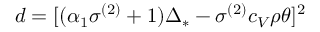
d = [ ( \alpha _ { 1 } \sigma ^ { ( 2 ) } + 1 ) \Delta _ { * } - \sigma ^ { ( 2 ) } c _ { V } \rho \theta ] ^ { 2 }